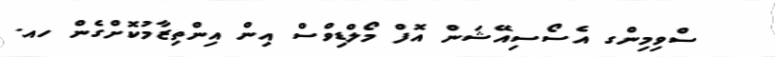
ސްވިމިންގ އެސޯސިއޭޝަން އޮފް މޯލްޑިވްސް އިން އިންތިޒާމުކޮށްގެން ހއ.